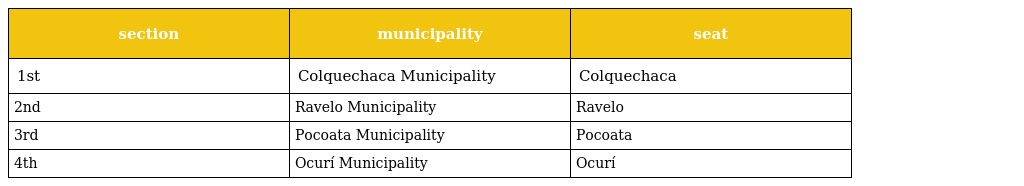
| section | municipality | seat |
 | --- | --- | --- |
 | 1st | Colquechaca Municipality | Colquechaca |
 | 2nd | Ravelo Municipality | Ravelo |
 | 3rd | Pocoata Municipality | Pocoata |
 | 4th | Ocurí Municipality | Ocurí |